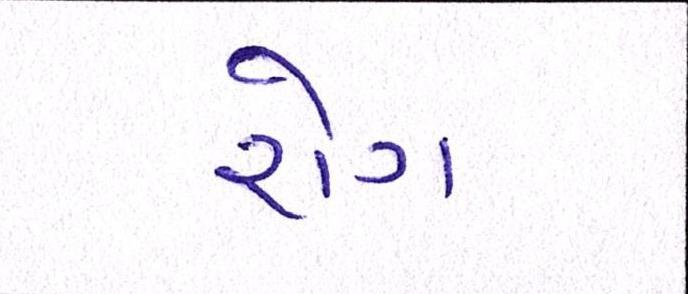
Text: રોગ